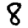
Digit: 8